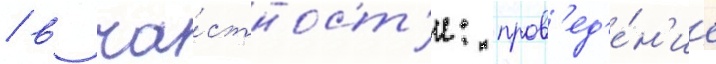
/ в ча́стност'и: пров'ед'е́н'ие